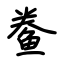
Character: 鲞